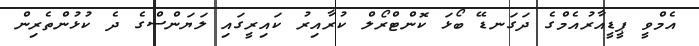
އެމްވީ ޕީޑީއާރުއެމްގެ ދަގަނޑޭ ބޯޅަ ކޮންޓްރޯލް ކުރާއިރު ކައިރީގައި ލަޔަންސްގެ ދެ ކުޅުންތެރިން